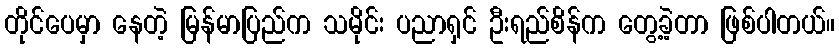
တိုင်ပေမှာ နေတဲ့ မြန်မာပြည်က သမိုင်း ပညာရှင် ဦးရည်စိန်က တွေ့ခဲ့တာ ဖြစ်ပါတယ်။